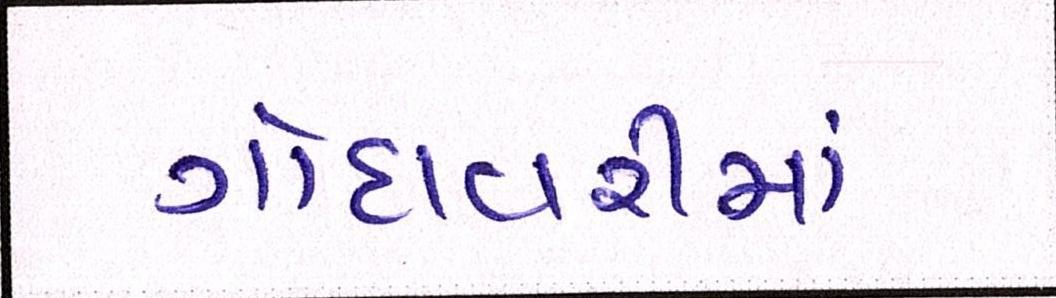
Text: ગોદાવરીમાં